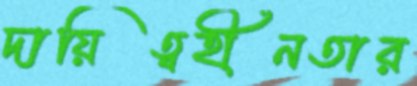
দায়িত্বহীনতার